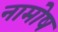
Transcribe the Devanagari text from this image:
नामोष